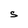
Character: S